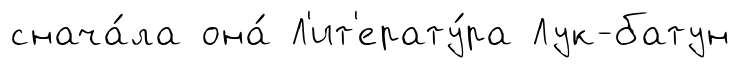
снача́ла она́ Л'ит'ерату́ра Лук-батун